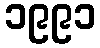
၁၉၉၁